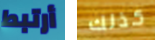
أرتبط كذلك